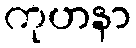
ကုဟနာ